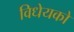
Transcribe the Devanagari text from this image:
विधेयको